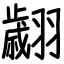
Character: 翽